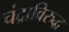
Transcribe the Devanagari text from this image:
चंद्राविरुद्ध